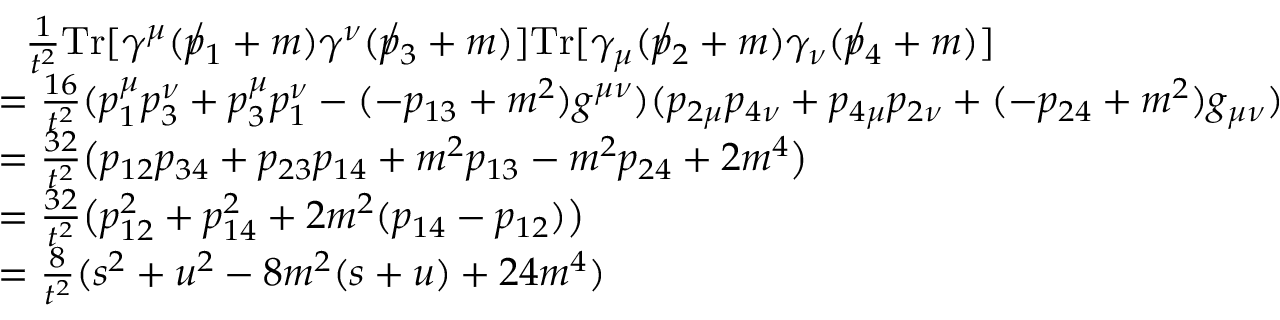
{ \begin{array} { r l } & { ~ ~ { \frac { 1 } { t ^ { 2 } } } \mathrm { T r } [ \gamma ^ { \mu } ( \not p _ { 1 } + m ) \gamma ^ { \nu } ( \not p _ { 3 } + m ) ] \mathrm { T r } [ \gamma _ { \mu } ( \not p _ { 2 } + m ) \gamma _ { \nu } ( \not p _ { 4 } + m ) ] } \\ & { = { \frac { 1 6 } { t ^ { 2 } } } ( p _ { 1 } ^ { \mu } p _ { 3 } ^ { \nu } + p _ { 3 } ^ { \mu } p _ { 1 } ^ { \nu } - ( - p _ { 1 3 } + m ^ { 2 } ) g ^ { \mu \nu } ) ( p _ { 2 \mu } p _ { 4 \nu } + p _ { 4 \mu } p _ { 2 \nu } + ( - p _ { 2 4 } + m ^ { 2 } ) g _ { \mu \nu } ) } \\ & { = { \frac { 3 2 } { t ^ { 2 } } } { \big ( } p _ { 1 2 } p _ { 3 4 } + p _ { 2 3 } p _ { 1 4 } + m ^ { 2 } p _ { 1 3 } - m ^ { 2 } p _ { 2 4 } + 2 m ^ { 4 } { \big ) } } \\ & { = { \frac { 3 2 } { t ^ { 2 } } } { \big ( } p _ { 1 2 } ^ { 2 } + p _ { 1 4 } ^ { 2 } + 2 m ^ { 2 } ( p _ { 1 4 } - p _ { 1 2 } ) { \big ) } } \\ & { = { \frac { 8 } { t ^ { 2 } } } ( s ^ { 2 } + u ^ { 2 } - 8 m ^ { 2 } ( s + u ) + 2 4 m ^ { 4 } ) } \end{array} }